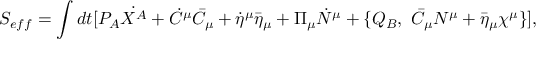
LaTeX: S _ { e f f } = \int d t [ P _ { A } \dot { X ^ { A } } + \dot { C } ^ { \mu } \bar { C } _ { \mu } + \dot { \eta } ^ { \mu } \bar { \eta } _ { \mu } + \Pi _ { \mu } \dot { N } ^ { \mu } + \{ Q _ { B } , ~ \bar { C } _ { \mu } N ^ { \mu } + \bar { \eta } _ { \mu } \chi ^ { \mu } \} ] ,